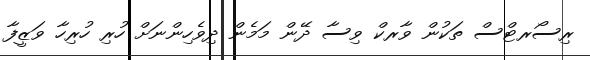
ރިސޯރޓްސް ތަކުން ވާރކް ވިސާ ދޭން މަމެން ދިވެހިންނަށް ހުރި ހުރިހާ ވަޒީފާ